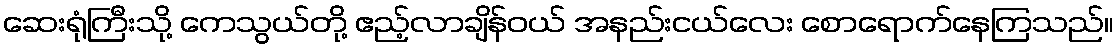
ဆေးရုံကြီးသို့ ကေသွယ်တို့ ဧည့်လာချိန်ဝယ် အနည်းငယ်လေး စောရောက်နေကြသည်။